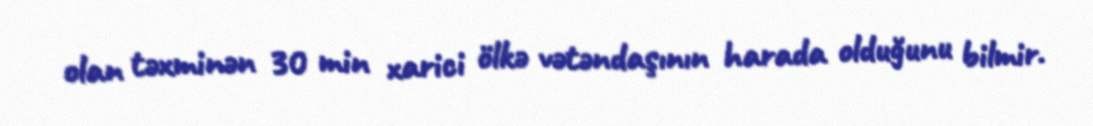
olan təxminən 30 min xarici ölkə vətəndaşının harada olduğunu bilmir.